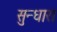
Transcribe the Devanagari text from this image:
सुन्धारा